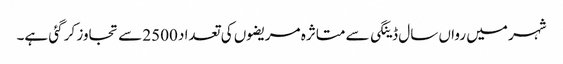
شہر میں رواں سال ڈینگی سے متاثرہ مریضوں کی تعداد 2500 سے تجاوز کر گئی ہے۔